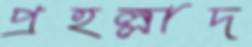
প্রহল্লাদ